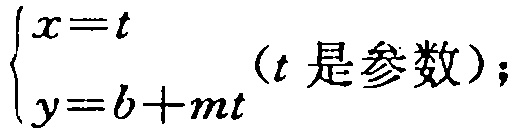
$\begin{cases}x = t\\y = b + mt\end{cases}(t是参数);$